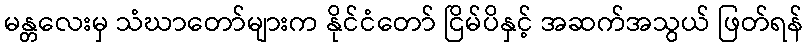
မန္တလေးမှ သံဃာတော်များက နိုင်ငံတော် ငြိမ်ပိနှင့် အဆက်အသွယ် ဖြတ်ရန်